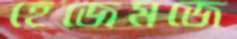
হেজেমজে